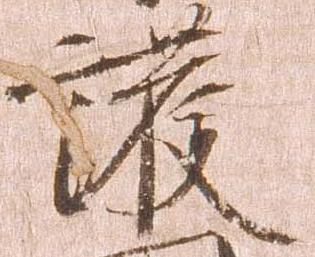
護